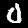
Digit: 0